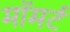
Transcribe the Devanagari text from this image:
मॉमर्ट